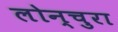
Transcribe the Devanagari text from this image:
लोन्चुरा